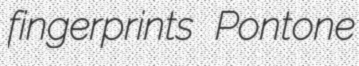
fingerprints Pontone